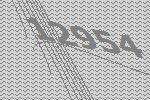
12954